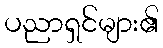
ပညာရှင်များ၏